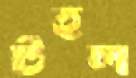
টহল